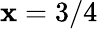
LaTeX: \mathbf{x}=3/4